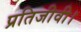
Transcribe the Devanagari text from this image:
प्रतिजीवी।